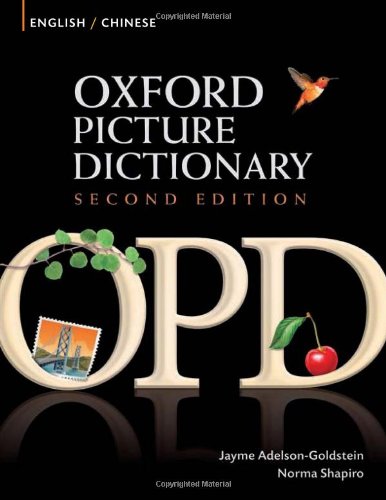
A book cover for Oxford Picture Dictionary English-Chinese: Bilingual Dictionary for Chinese speaking teenage and adult students of English (Oxford Picture Dictionary 2E); Jayme Adelson-Goldstein; Reference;